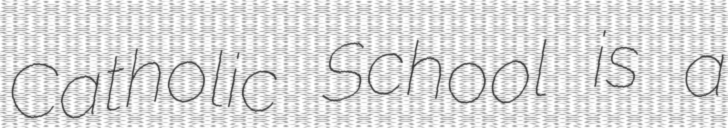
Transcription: Catholic School is a